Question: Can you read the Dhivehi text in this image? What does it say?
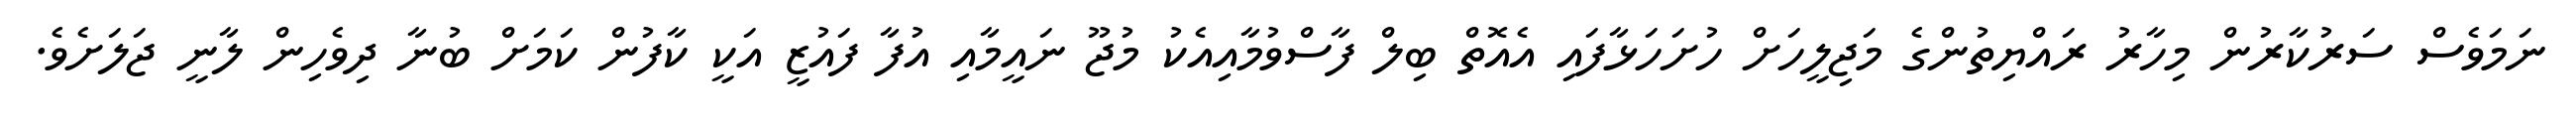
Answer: ނަމަވެސް ސަރުކާރުން މިހާރު ރައްޔިތުންގެ މަޖިލީހަށް ހުށަހަޅާފައި އެއޮތް ބިލް ފާސްވުމާއިއެކު މުޖޫ ނައީމާއި އުފާ ފައުޒީ އަކީ ކާފުން ކަމަށް ބުނާ ދިވެހިން ލާނީ ޖަލަށެވެ.